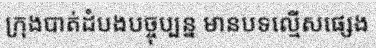
ក្រុងបាត់ដំបងបច្ចុប្បន្ន មានបទល្មើសផ្សេង